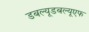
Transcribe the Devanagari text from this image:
डबल्यूडबल्यूएफ